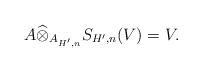
LaTeX: \begin{align*}A\widehat{\otimes}_{A_{H',n}} S_{H',n}(V) = V.\end{align*}